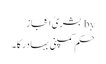
by بشریٰ اعجاز
حکم کمپنی بہادر کا۔